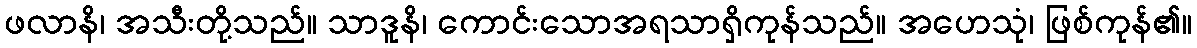
ဖလာနိ၊ အသီးတို့သည်။ သာဒူနိ၊ ကောင်းသောအရသာရှိကုန်သည်။ အဟေသုံ၊ ဖြစ်ကုန်၏။